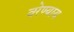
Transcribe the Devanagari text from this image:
वरेण्याय